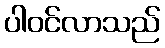
ပါဝင်လာသည်